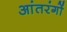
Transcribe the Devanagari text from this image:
आंतरंगों